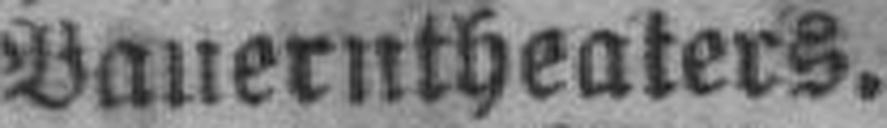
Bauerntheaters.